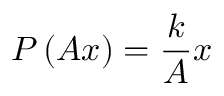
P \left( A x \right) = \frac { k } { A } x